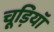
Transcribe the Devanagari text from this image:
चूड़ियॉ